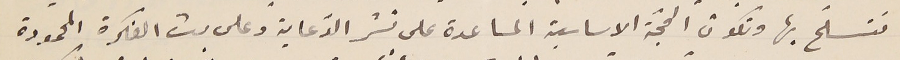
نتسلّح بها وتكون الحجّة الاساسية المساعدة على نشر الدّعاية وعلى بث الفكرة المحمودة